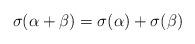
LaTeX: \begin{align*}\sigma(\alpha+\beta)=\sigma(\alpha)+\sigma(\beta)\end{align*}